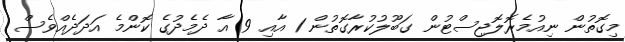
މިގޮތުން ނިއުމެރޮލޮޖިސްޓުން ގަބޫލުކުރާގޮތުން 1 އާއި 9 އާ ދެމެދުގެ ކޮންމެ އަދަދެއްވެސް